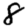
Digit: 8